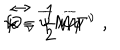
{ \cal L } = \frac { 1 } { 2 } { \it i } \overline { { { \psi } } } { \Gamma } ^ { \nu } \hspace { - . 1 5 c m } \stackrel { \; \leftrightarrow } { \partial } _ { \! \nu } \hspace { - . 1 c m } { \psi } - \overline { { { \psi } } } M { \psi } \quad ,